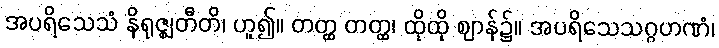
အပရိသေသံ နိရုဇ္ဈတီတိ၊ ဟူ၍။ တတ္ထ တတ္ထ၊ ထိုထို ဈာန်၌။ အပရိသေသဂ္ဂဟဏံ၊